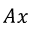
A x